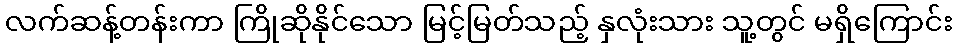
လက်ဆန့်တန်းကာ ကြိုဆိုနိုင်သော မြင့်မြတ်သည့် နှလုံးသား သူ့တွင် မရှိကြောင်း